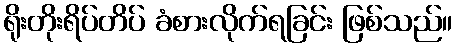
ရိုးတိုးရိပ်တိပ် ခံစားလိုက်ရခြင်း ဖြစ်သည်။